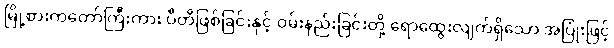
မြို့စားကတော်ကြီးကား ပီတိဖြစ်ခြင်းနှင့် ဝမ်းနည်းခြင်းတို့ ရောထွေးလျက်ရှိသော အပြုံးဖြင့်